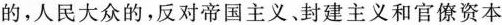
的，人民大众的，反对帝国主义、封建主义和官僚资本主义